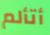
أتألم